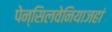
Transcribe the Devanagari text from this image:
पेन्सिलवेनियाजहां